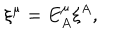
LaTeX: \xi ^ { \mu } = E _ { A } ^ { \mu } \xi ^ { A } ,